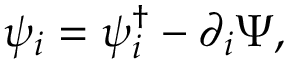
{ \psi } _ { i } = { \psi } _ { i } ^ { \dagger } - \partial _ { i } \Psi ,